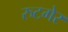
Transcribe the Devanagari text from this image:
रुटगेर